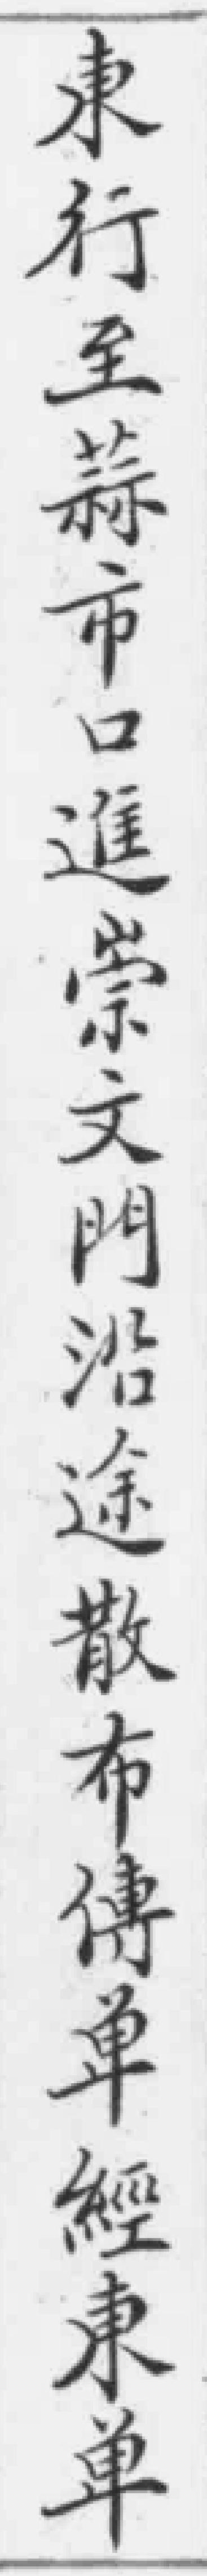
東行至蒜市口進崇文門沿途散布傳单經東单